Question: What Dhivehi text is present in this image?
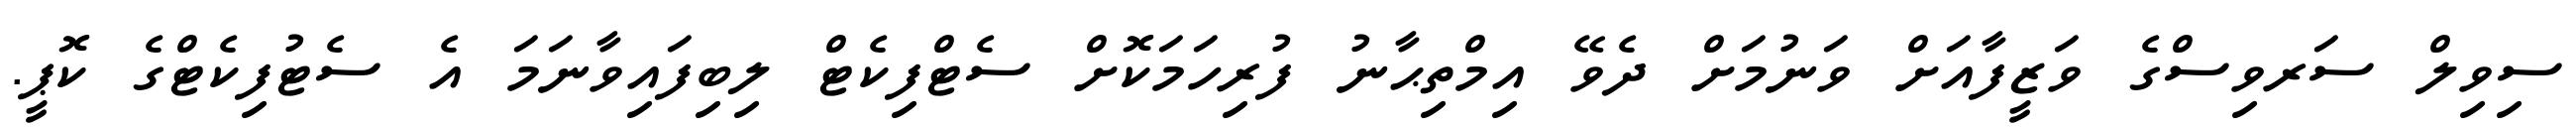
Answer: ސިވިލް ސަރވިސްގެ ވަޒީފާއަށް ވަނުމަށް ދެވޭ އިމްތިޙާނު ފުރިހަމަކޮށް ސެޓްފިކެޓް ލިބިފައިވާނަމަ އެ ސެޓުފިކެޓްގެ ކޮޕީ.